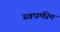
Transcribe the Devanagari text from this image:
स्वधर्मप्रेम